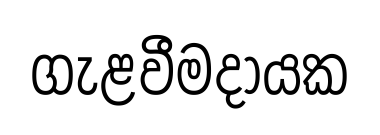
ගැළවීමදායක